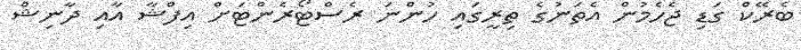
ބެރޭކް ގަޑި ޖެހެމުން އެތަނުގެ ތިރީގައި ހުންނަ ރެސްޓޯރެންޓަށް އިފްޝާ އާއި ދާނިޝް